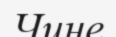
Чине